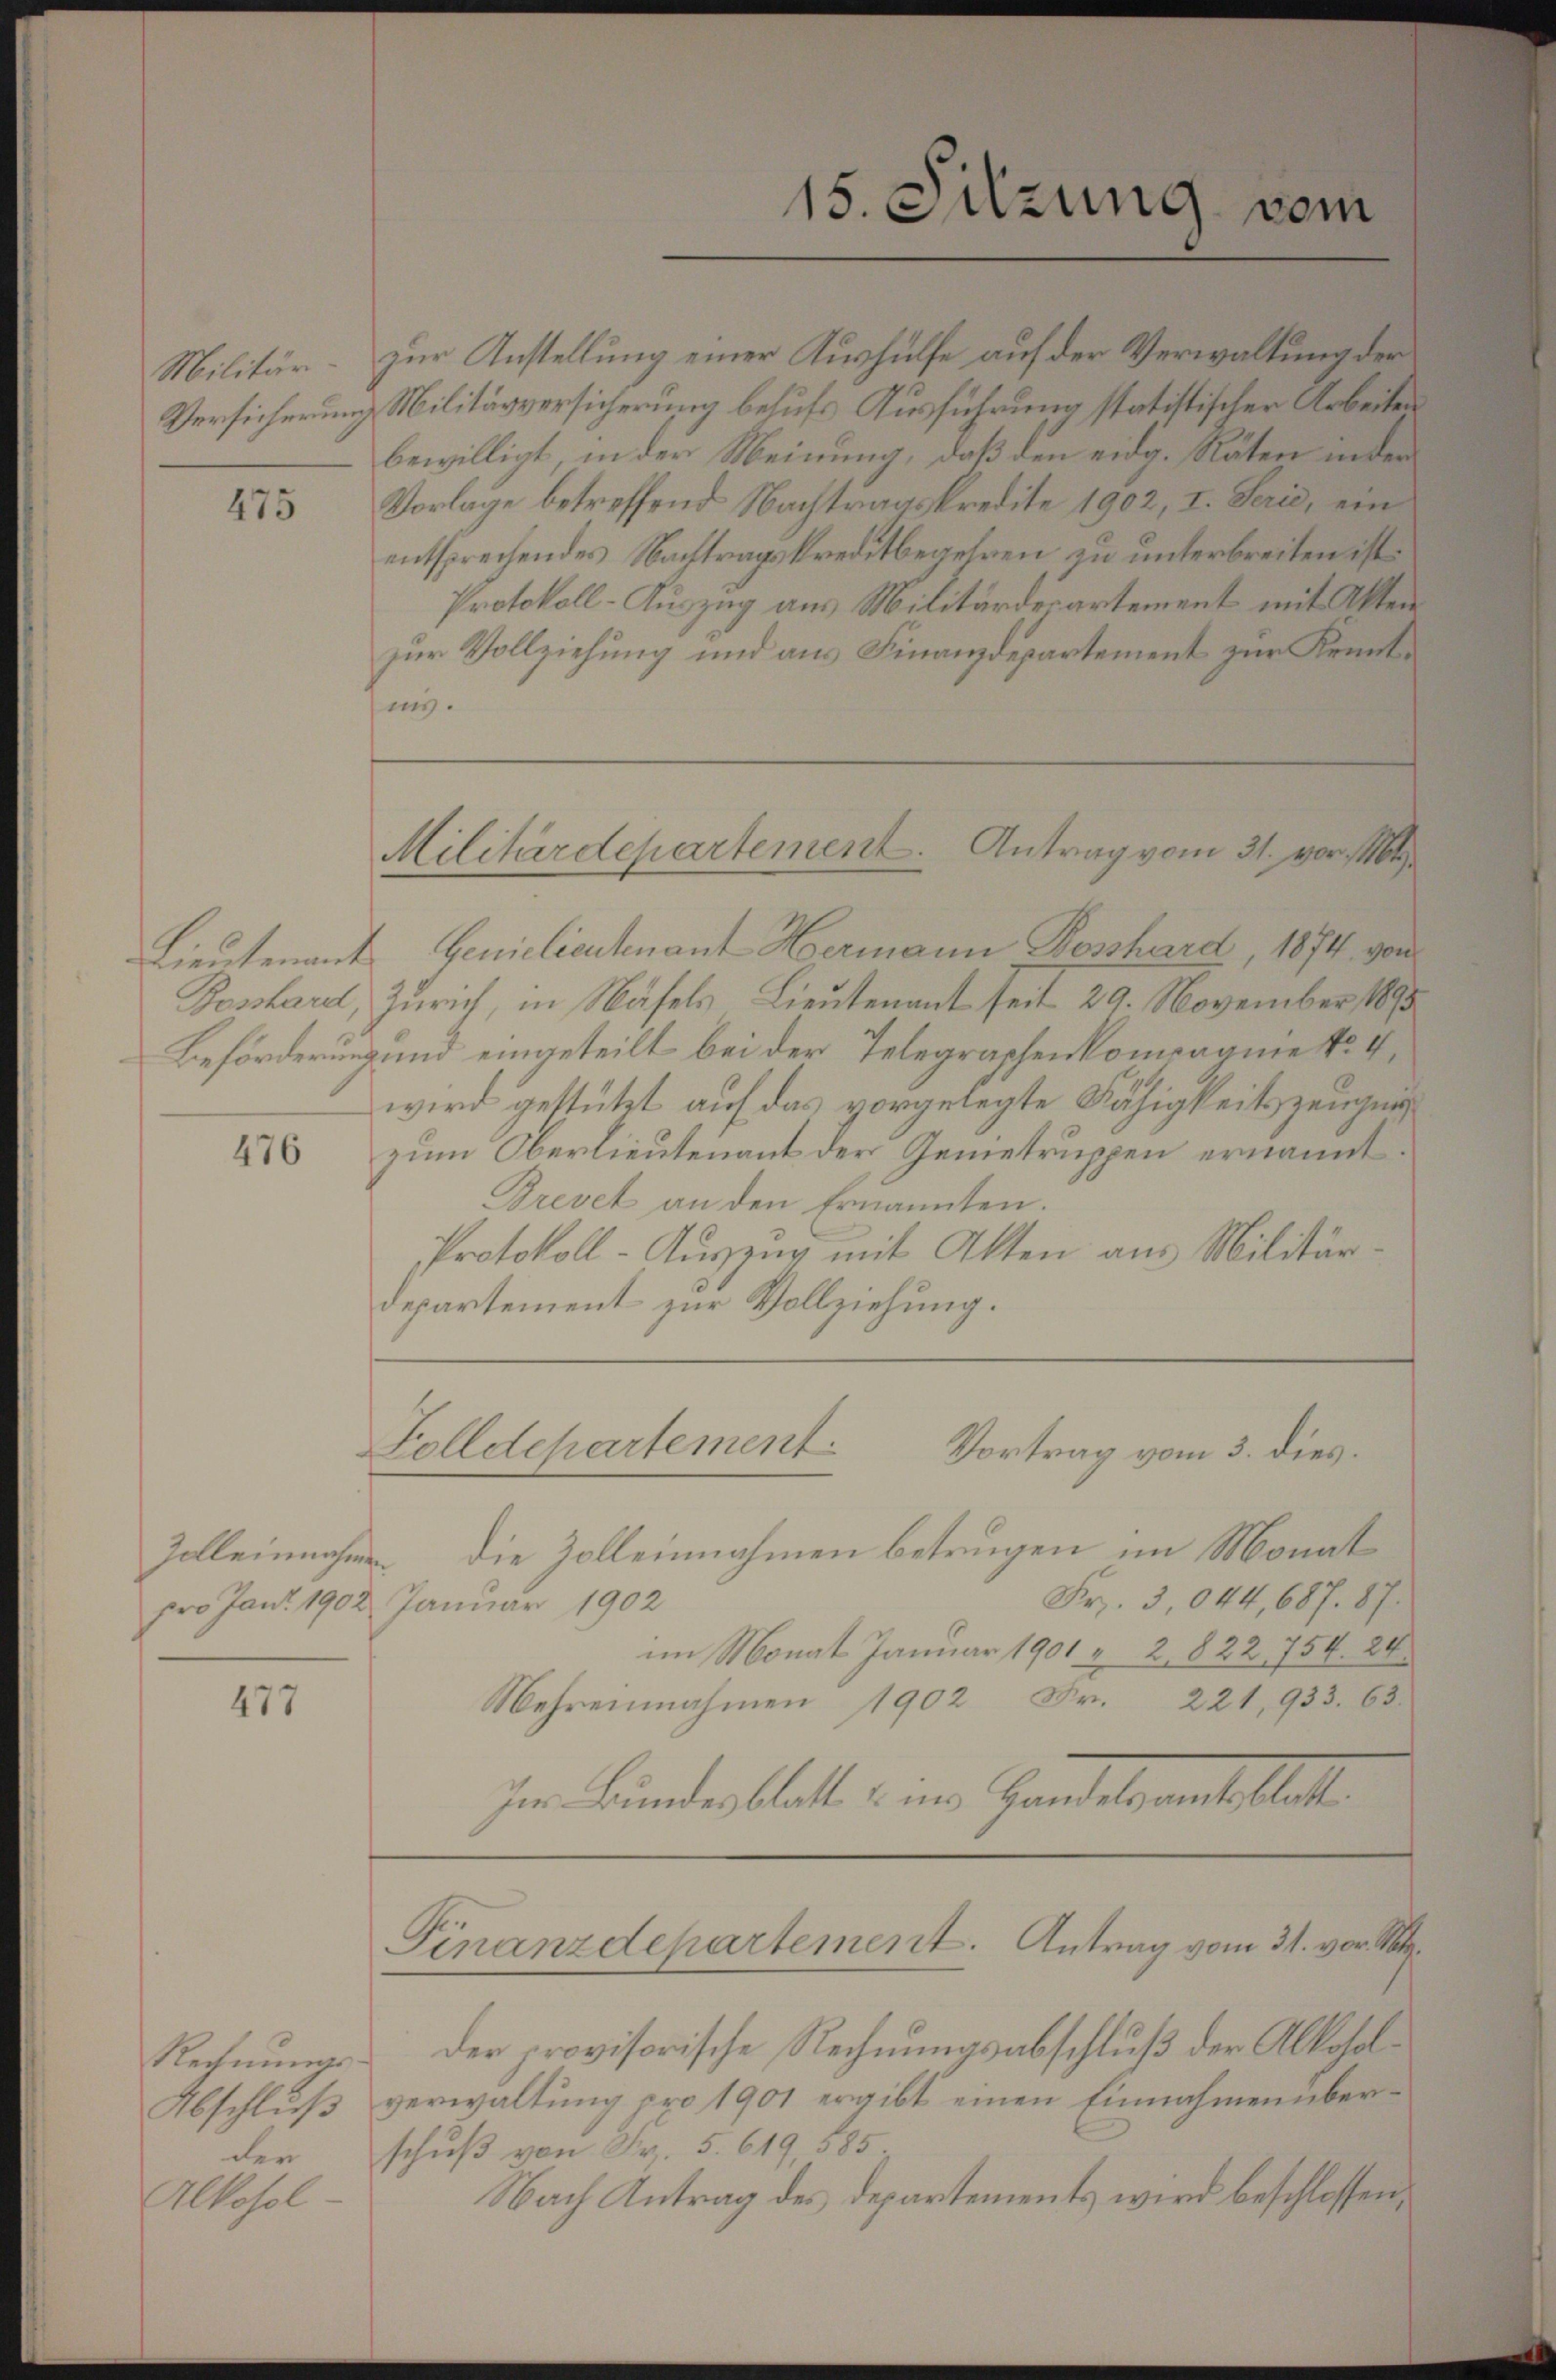
Militär
Versicherung

475

Lieutenant
Boshard,
Beförderung

476

Zoll einnahmen.
pro Jant. 1902

477

Rechnŭngs-
Abschluß
der
Alkohol

zur Vollziehung und aus Finanzdepartement zur Kenntjun.

zur Anstellung einer Aushülfe auf der Verwaltung der
Militärversicherung behufs Ausführung statistischer Arbeiten
bewilligt, in der Meinung, daß den eidg. Räten in der
Vorlage betreffend Nachtragskredite 1902, I. Serie, ein
entsprechendes Nachtragskreditbegehren zu unterbreiten ist.
Protokoll-Auszug aus Militärderartement mit Akten
Geniclieutenant Hermann Bosshard, 1874. gen
Zürich, in Näfels, Lieutenant seit 29. November 1890
und eingeteilt bei der Telegraphenkompagnie No V.
wird gestützt auf das vorgelegte Fähigkeitszeugung
zum Oberlieutenant der Genietruppen ernannt
Brevet an den Ernannten.
Protokoll-Auszug mit Akten aus Militärdepartement zur Vollziehung.
Folldepartement
Vortrag vom 3. dies
die Zolleinnahmen betrugen im Monat
Fr. 3,044, 687. 87.
Januar 1902
im Monat Januar 1901 & 2. 822 754. 24.
Nehrennahmen 1902 Fr. 221, 933. 63.
Im Bundesblatt, u. und Handelsammtsblatt
Finanzdepartement. Antrag vom 31. vor. Mt
der provisorische Rechnungsabschluß der Alkoholverwaltung pro 1901 ergibt einen Einnahmen überschuß von Fr. 5. 619, 585
Nach Antrag des Departements wird beschlossen:

15. Sitzung vom

Militärdepartement. Antrag vom 31. vor. Mt